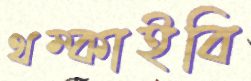
থম্‌কাইবি